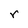
Character: r